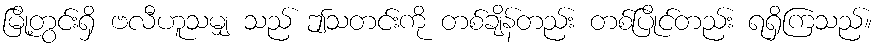
မြို့တွင်းရှိ ဗလီဟူသမျှ သည် ဤသတင်းကို တစ်ချိန်တည်း တစ်ပြိုင်တည်း ရရှိကြသည်။